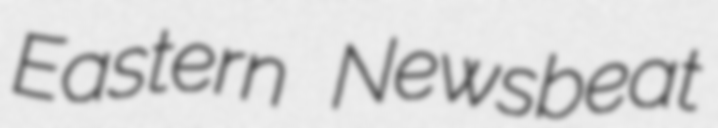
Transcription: Eastern Newsbeat